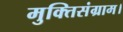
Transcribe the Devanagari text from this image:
मुक्तिसंग्राम।